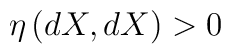
\eta\left(dX,dX\right) > 0